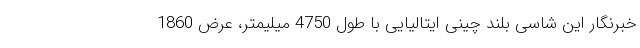
خبرنگار این شاسی بلند چینی ایتالیایی با طول 4750 میلیمتر، عرض 1860